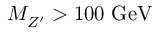
M _ { Z ^ { \prime } } ^ { } > 1 0 0 ~ \mathrm { G e V }